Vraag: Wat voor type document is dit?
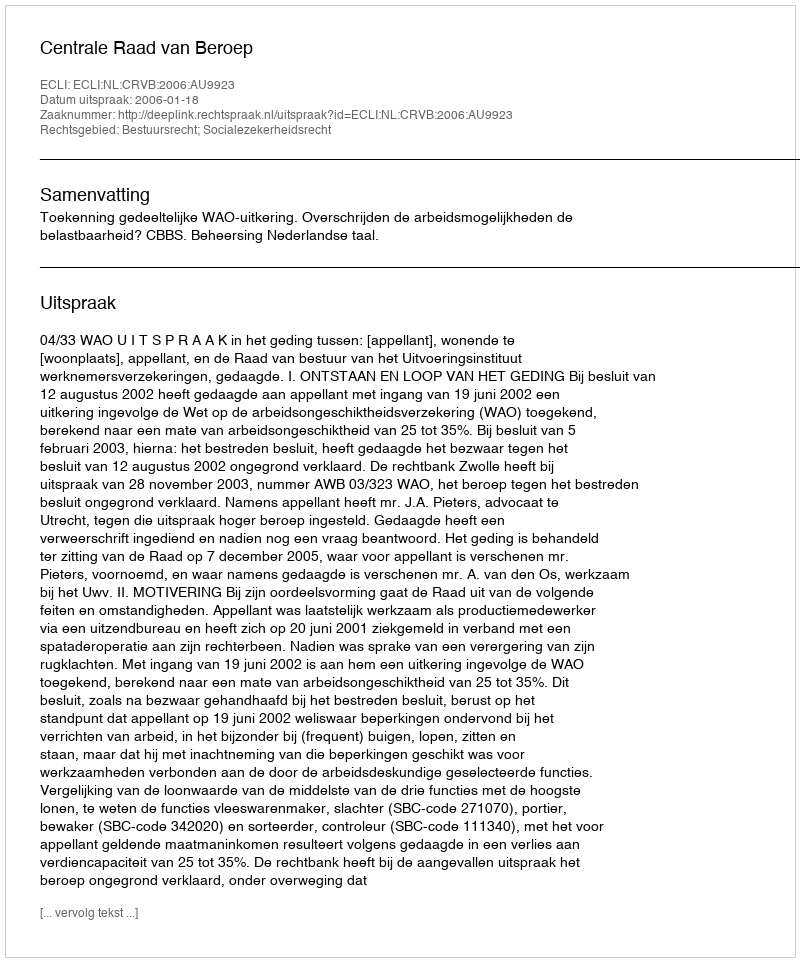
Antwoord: Uitspraak